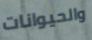
والحيوانات